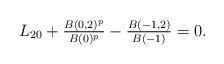
LaTeX: \begin{align*}L_{20} + \tfrac{B(0,2)^p}{B(0)^p}-\tfrac{B(-1,2)}{B(-1)} = 0.\end{align*}